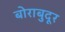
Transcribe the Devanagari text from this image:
बोराबुदूर